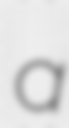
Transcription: a